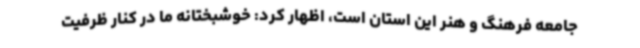
جامعه فرهنگ و هنر این استان است، اظهار کرد: خوشبختانه ما در کنار ظرفیت